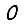
Digit: 0